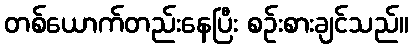
တစ်ယောက်တည်းနေပြီး စဉ်းစားချင်သည်။